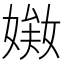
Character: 𡟘